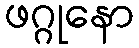
ဖဂ္ဂုနော